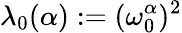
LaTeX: \lambda_{0}(\alpha):=(\omega_{0}^{\alpha})^{2}